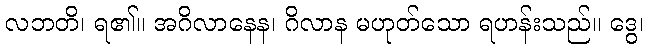
လဘတိ၊ ရ၏။ အဂိလာနေန၊ ဂိလာန မဟုတ်သော ရဟန်းသည်။ ဒွေ၊